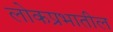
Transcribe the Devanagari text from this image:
लोकप्रभातील